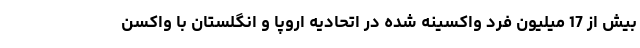
بیش از 17 میلیون فرد واکسینه شده در اتحادیه اروپا و انگلستان با واکسن